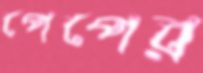
পেপের